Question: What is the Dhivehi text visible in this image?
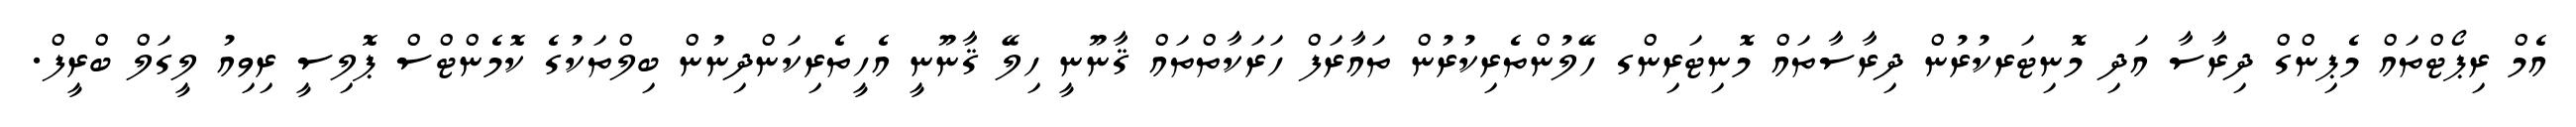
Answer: އެމް ރިޕޯޓްތައް މެޕިންގް ދިރާސާ އަދި މޮނިޓަރކުރުން ދިރާސާތައް މޮނިޓަރިންގ ހޭލުންތެރިކުރުން ތައާރަފް ހަރަކާތްތައް ޤާނޫނީ ހިލޭ ޤާނޫނީ އެހީތެރިކަންދިނުން ބިލްތަކުގެ ކޮމެންޓްސް ޕޮލިސީ ރިވިއު ލީގަލް ބްރީފް.